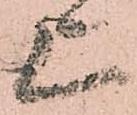
上